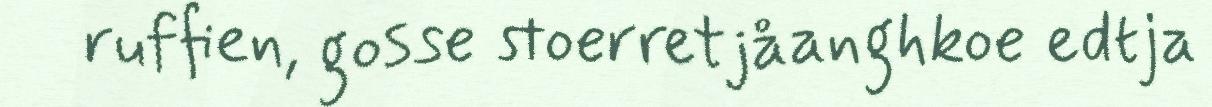
ruffien, gosse stoerretjåanghkoe edtja